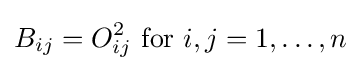
B_{ij}=O_{ij}^{2}{\text{ for }}i,j=1,\dots ,n